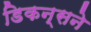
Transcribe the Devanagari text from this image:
डिकन्सने